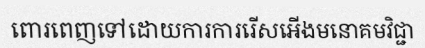
ពោរពេញទៅដោយការការរើសអើងមនោគមវិជ្ជា